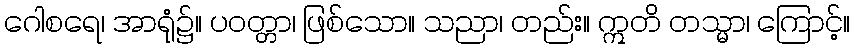
ဂေါစရေ၊ အာရုံ၌။ ပဝတ္တာ၊ ဖြစ်သော။ သညာ၊ တည်း။ ဣတိ တသ္မာ၊ ကြောင့်။